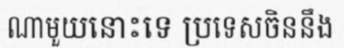
ណាមួយនោះទេ ប្រទេសចិននឹង